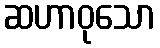
ဆဟာဝုသော